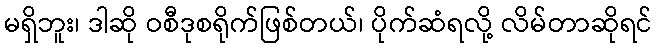
မရှိဘူး၊ ဒါဆို ဝစီဒုစရိုက်ဖြစ်တယ်၊ ပိုက်ဆံရလို့ လိမ်တာဆိုရင်